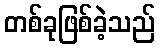
တစ်ခုဖြစ်ခဲ့သည်